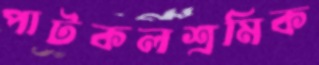
পাটকলশ্রমিক